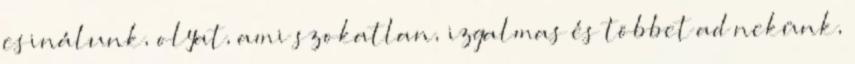
csinálunk, olyat, ami szokatlan, izgalmas és többet ad nekünk,